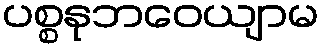
ပစ္စနုဘဝေယျာမ